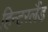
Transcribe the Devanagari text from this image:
हिन्टरलैंड